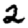
Digit: 2